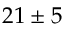
2 1 \pm 5